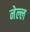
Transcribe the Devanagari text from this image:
नेल्ल